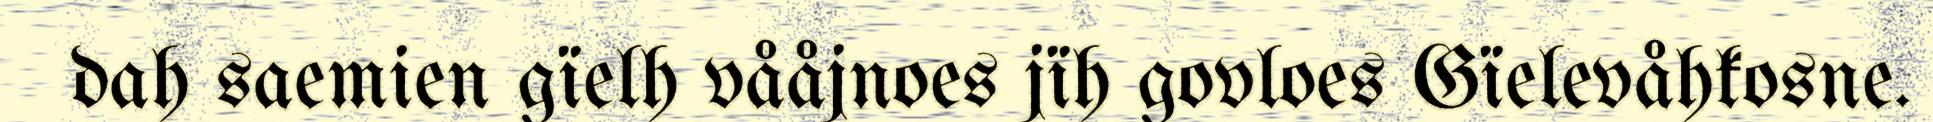
dah saemien gïelh vååjnoes jïh govloes Gïelevåhkosne.